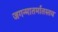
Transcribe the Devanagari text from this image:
जगन्मातर्मातस्तव